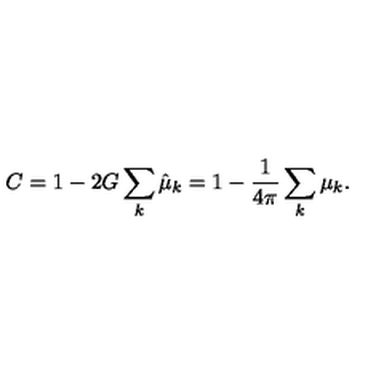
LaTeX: C = 1 - 2 G \sum _ { k } \hat { \mu } _ { k } = 1 - { \frac { 1 } { 4 \pi } } \sum _ { k } \mu _ { k } .